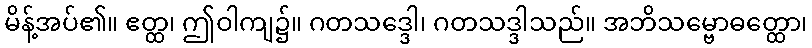
မိန့်အပ်၏။ ဧတ္ထ၊ ဤဝါကျ၌။ ဂတသဒ္ဒေါ၊ ဂတသဒ္ဒါသည်။ အဘိသမ္ဗောဓတ္ထော၊